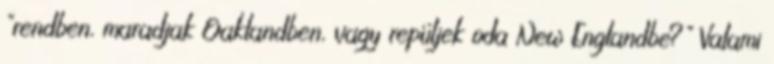
"rendben, maradjak Oaklandben, vagy repüljek oda New Englandbe?" Valami